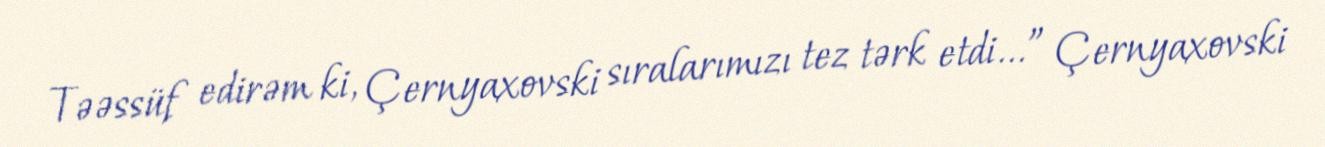
Təəssüf edirəm ki, Çernyaxovski sıralarımızı tez tərk etdi...” Çernyaxovski